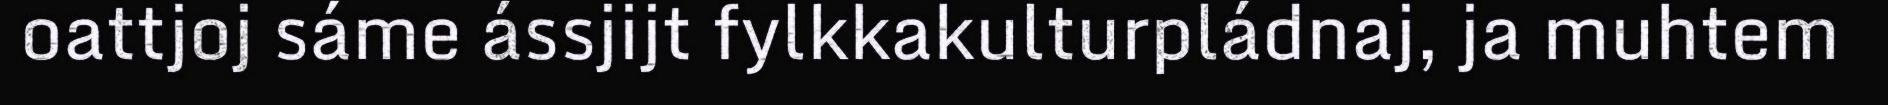
oattjoj sáme ássjijt fylkkakulturpládnaj, ja muhtem